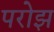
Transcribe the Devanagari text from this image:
परोझ